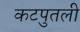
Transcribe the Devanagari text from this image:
कटपुतली